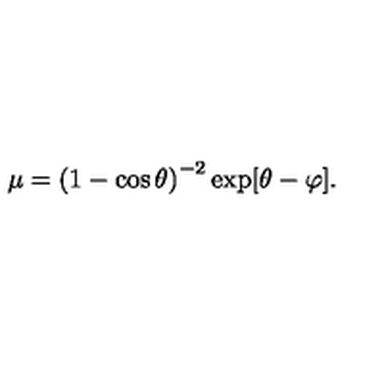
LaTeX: \mu = \left( 1 - \cos \theta \right) ^ { - 2 } \exp [ \theta - \varphi ] .